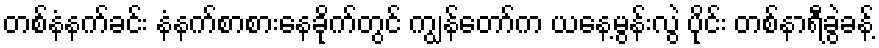
တစ်နံနက်ခင်း နံနက်စာစားနေခိုက်တွင် ကျွန်တော်က ယနေ့မွန်းလွဲ ပိုင်း တစ်နာရီခွဲခန့်